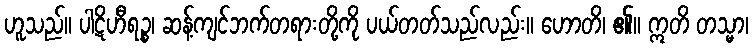
ဟူသည်။ ပါဋိဟီရဉ္စ၊ ဆန့်ကျင်ဘက်တရားတို့ကို ပယ်တတ်သည်လည်း။ ဟောတိ၊ ၏။ ဣတိ တသ္မာ၊